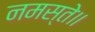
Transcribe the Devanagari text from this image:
नमस्ते॥